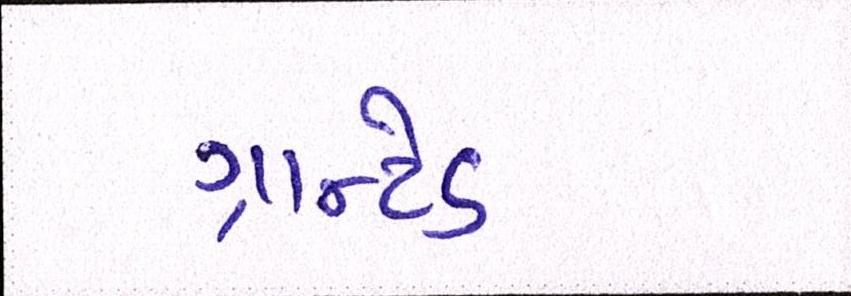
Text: ગ્રાન્ટેડ